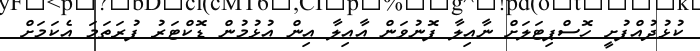
ކުޅުދުއްފުށީ ހޮސްޕިޓަލަށް ނާއިލާ ފޮނުވަން އާއިލާ އިން އުޅުމުން ޑޮކްޓަރު ފުރަތަމަ އެކަމަށް